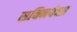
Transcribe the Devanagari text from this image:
सचिनपेक्षा